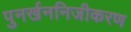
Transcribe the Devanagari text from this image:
पुनर्खननिजीकरण